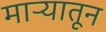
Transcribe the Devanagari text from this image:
माऱ्यातून